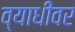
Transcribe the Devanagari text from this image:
व्याधीवर